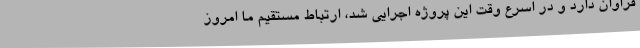
فراوان دارد و در اسرع وقت این پروژه اجرایی شد، ارتباط مستقیم ما امروز